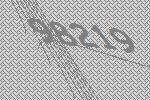
98219